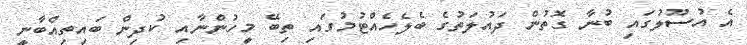
އެ އުސޫލުގައި ބުނާ ގޮތުން ދައުލަތުގެ ބެލެހެއްޓުމުގައި ތިބޭ މީހުންނާއި ކުދިން ބައިތިއްބާނީ